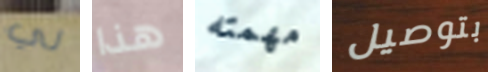
لي هذا مهمته بتوصيل